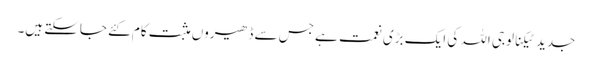
جدید ٹیکنالوجی اللہ کی ایک بڑی نعمت ہے جس سے ڈھیروں مثبت کام کئے جاسکتے ہیں۔